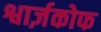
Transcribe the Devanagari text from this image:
श्वार्ज़कोफ